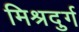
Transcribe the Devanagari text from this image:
मिश्रदुर्ग